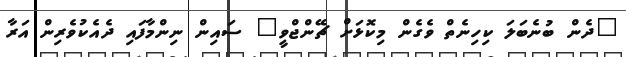
"ދެން ބުނެބަލަ ކިހިނެތް ވެގެން މިކޮޅަށް ޗޭންޖްވީ" ސައިން ނިންމާފައި ދެއެކުވެރިން އަރާ